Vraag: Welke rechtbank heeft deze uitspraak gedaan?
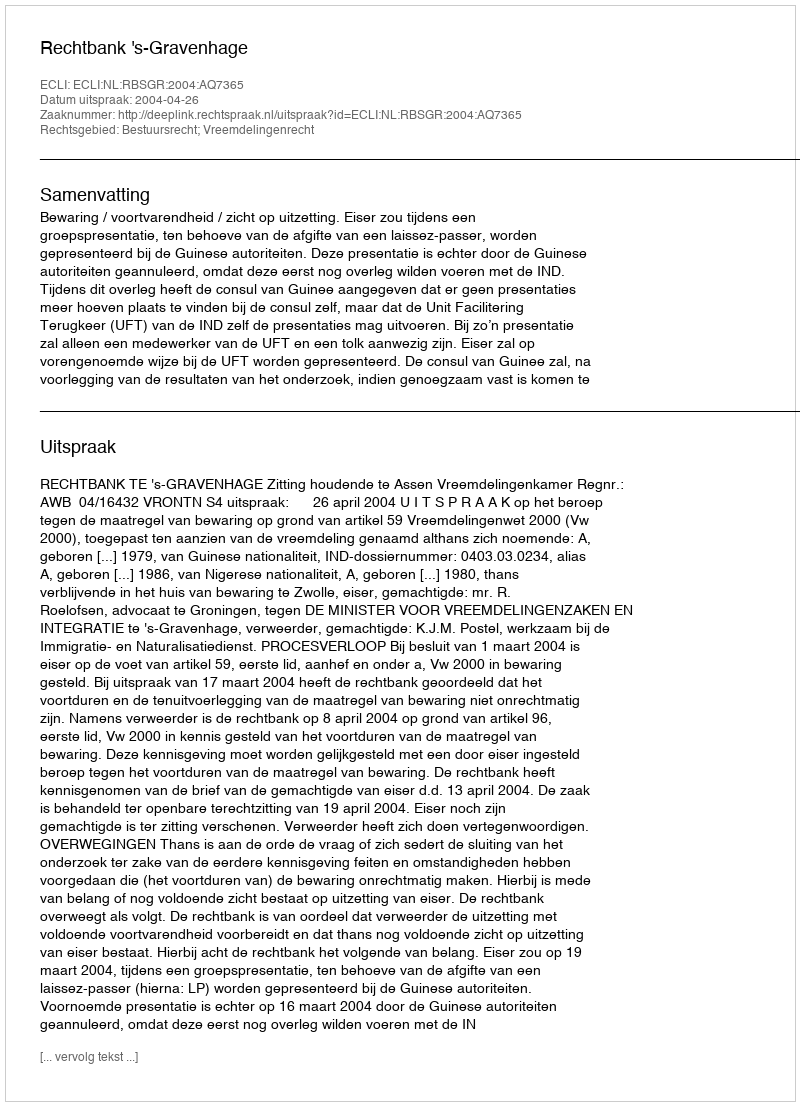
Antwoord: Rechtbank 's-Gravenhage